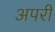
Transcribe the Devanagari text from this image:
अपरी